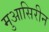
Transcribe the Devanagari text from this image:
मुआसिरीन